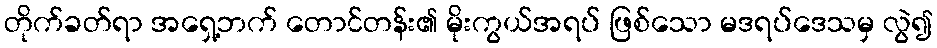
တိုက်ခတ်ရာ အရှေ့ဘက် တောင်တန်း၏ မိုးကွယ်အရပ် ဖြစ်သော မဒရပ်ဒေသမှ လွဲ၍